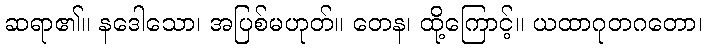
ဆရာ၏။ နဒေါသော၊ အပြစ်မဟုတ်။ တေန၊ ထို့ကြောင့်။ ယထာဂုတဂတော၊